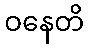
ဝနေတိ